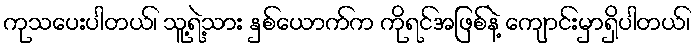
ကုသပေးပါတယ်၊ သူ့ရဲ့သား နှစ်ယောက်က ကိုရင်အဖြစ်နဲ့ ကျောင်းမှာရှိပါတယ်၊